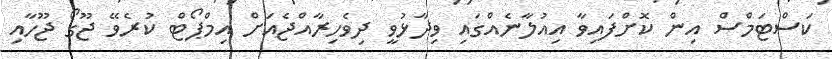
ކަސްޓަމްސް އިން ކޮށްފައިވާ އިއުލާނެއްގައި ވިދާޅުވީ ދިވެހިރާއްޖެއަށް އިމްޕޯޓް ކުރެވޭ ޖޫގޯ ޖޫހާއި